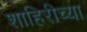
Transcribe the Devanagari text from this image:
शाहिरीच्या